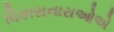
વિકાસનારાઓએ